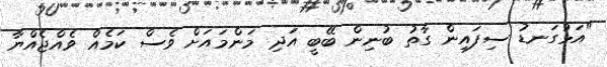
"އަޅުގަނޑު ސިފައިން ގާތު ބުނިން ބޭބީ އަދި މަންމައަށް ވެސް ކަމެއް ވެއްޖެއްޔާ